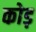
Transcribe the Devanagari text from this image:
कोड़